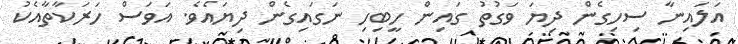
އަލައިނާ ސިހިގެން ދިޔަ ވަގުތު ގައިން ހީބިހި ނަގައިގެން ދިޔައެވެ. އަވަސް ހަރަކާތާއެކު